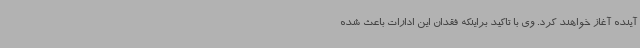
آینده آغاز خواهند کرد. وی با تاکید براینکه فقدان این ادارات باعث شده